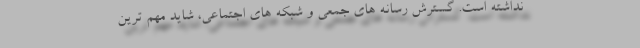
نداشته است. گسترش رسانه های جمعی و شبکه های اجتماعی، شاید مهم ترین